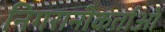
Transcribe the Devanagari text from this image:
निगरानीकर्ताओं